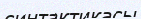
синтактикасы